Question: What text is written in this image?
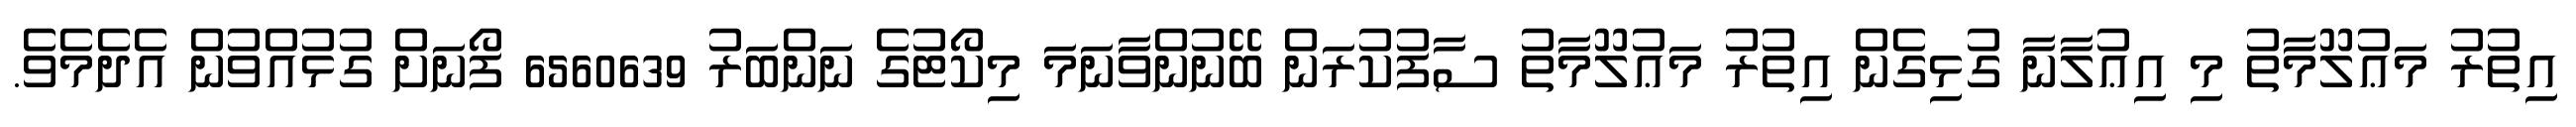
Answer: އިތުރު މަޢުލޫމާތު މި އިޢުލާނާ ގުޅިގެން އިތުރު މަޢުލޫމާތު ސާފުކުރަން ބޭނުންވާނަމަ މިކޯޓުގެ ނަންބަރު 6560639 ފޯނަށް ގުޅުއްވުން އެދެމެވެ.